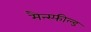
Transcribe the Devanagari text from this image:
मैन्स्फील्ड